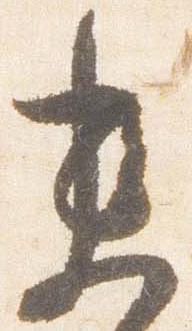
未